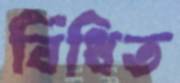
বিঁধিত